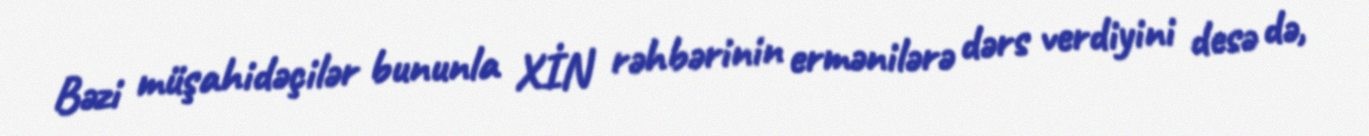
Bəzi müşahidəçilər bununla XİN rəhbərinin ermənilərə dərs verdiyini desə də,